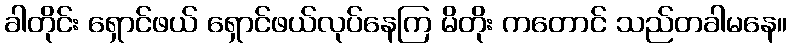
ခါတိုင်း ရှောင်ဖယ် ရှောင်ဖယ်လုပ်နေကြ မိတိုး ကတောင် သည်တခါမနေ။